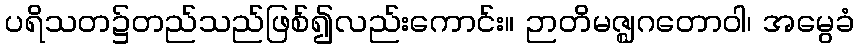
ပရိသတ၌တည်သည်ဖြစ်၍လည်းကောင်း။ ဉာတိမဇ္ဈဂတောဝါ၊ အမွေခံ